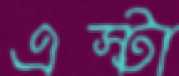
এস্টা